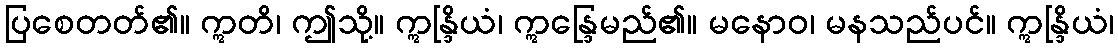
ပြစေတတ်၏။ ဣတိ၊ ဤသို့။ ဣန္ဒြိယံ၊ ဣန္ဒြေမည်၏။ မနောဝ၊ မနသည်ပင်။ ဣန္ဒြိယံ၊